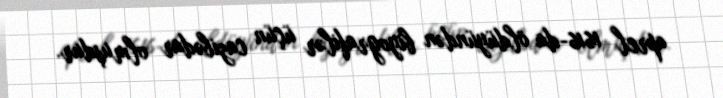
aprel 1616-da öldüyündən biyografilər üçün cazibədar olmuşdur.